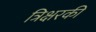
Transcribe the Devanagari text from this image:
त्रिक्षरकी